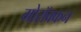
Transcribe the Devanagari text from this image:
मोरॉक्कन